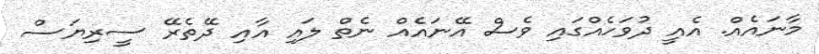
މާނައެއް. އެއީ ދުވަހެއްގައި ވެސް އޭނައެއް ނެތް ލައި އާއި ދޭތެރޭ ސީރިޔަސް